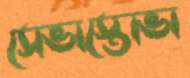
সেভাস্তোভা